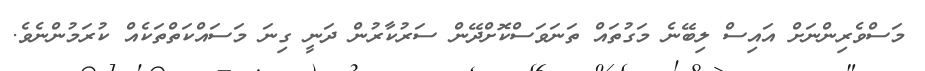
މަސްވެރިންނަށް އައިސް ލިބޭނެ މަގުތައް ތަނަވަސްކޮށްދޭން ސަރުކާރުން ދަނީ ގިނަ މަސައްކަތްތަކެއް ކުރަމުންނެވެ.